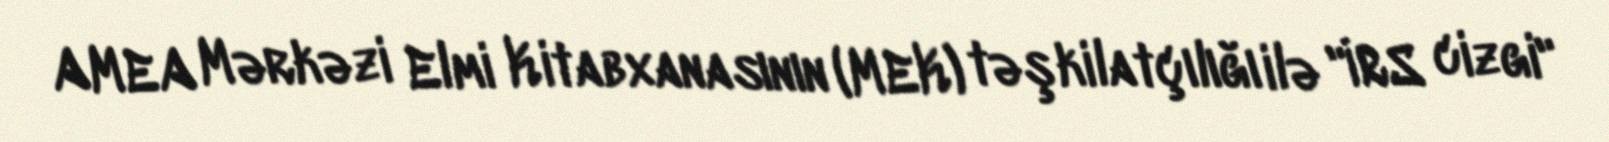
AMEA Mərkəzi Elmi Kitabxanasının (MEK) təşkilatçılığı ilə "İRS cizgi"